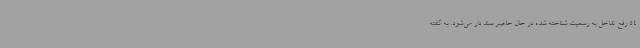
54 رفع تداخل به رسمیت شناخته شده در حال حاضر سند دار می‌شود. به گفته